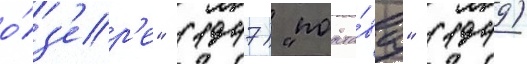
о́з'ер'е" (1947) "подста́ва" (1949)